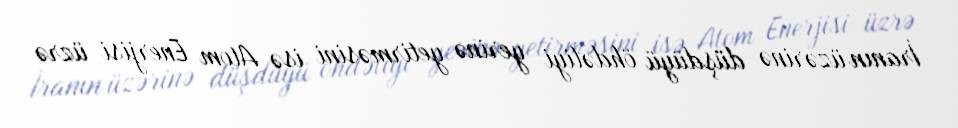
İranın üzərinə düşdüyü öhdəliyi yerinə yetirməsini isə Atom Enerjisi üzrə